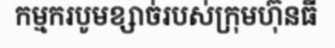
កម្មករបូមខ្សាច់របស់ក្រុមហ៊ុនធី